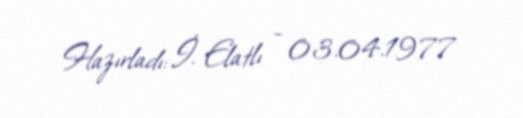
Hazırladı: İ. Elatlı - 03.04.1977